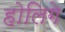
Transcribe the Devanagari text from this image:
होलिगे